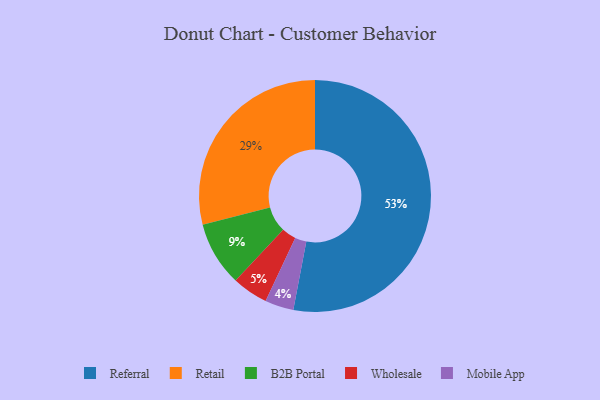
{"axis": {"x": "Category", "y": "Percentage"}, "legend": ["B2B Portal", "Mobile App", "Referral", "Retail", "Wholesale"], "data": [{"x": "B2B Portal", "y": 9, "type": "B2B Portal"}, {"x": "Mobile App", "y": 4, "type": "Mobile App"}, {"x": "Wholesale", "y": 5, "type": "Wholesale"}, {"x": "Referral", "y": 53, "type": "Referral"}, {"x": "Retail", "y": 29, "type": "Retail"}]}